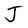
Character: J